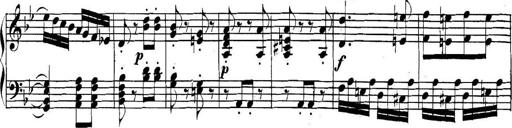
Title: Collected Piano Sonatas
Composer: Muzio Clementi